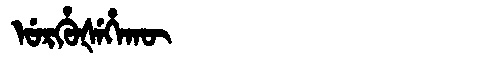
Manchu: ᡠᡵᡥᡠᡧᡝᡥᠠᡴᡡ
Romanization: URHUŠEHAKŪ